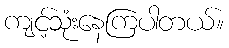
ကျင့်သုံးနေကြပါတယ်။